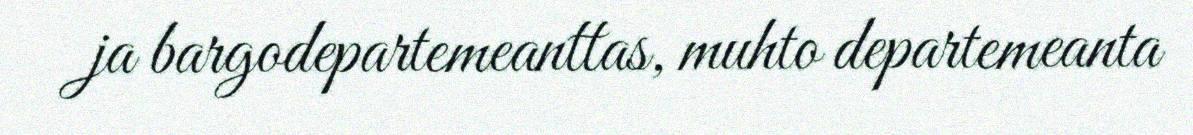
ja bargodepartemeanttas, muhto departemeanta